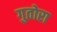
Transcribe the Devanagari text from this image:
गुतोरा